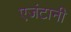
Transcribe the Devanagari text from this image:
एजंटानी